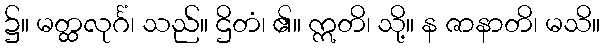
၌။ မတ္ထလုင်္ဂံ၊ သည်။ ဌိတံ၊ ၏။ ဣတိ၊ သို့။ န ဇာနာတိ၊ မသိ။